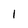
Character: 1